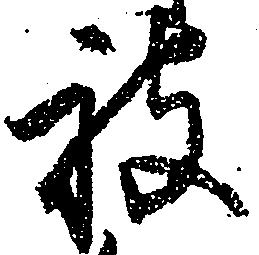
被